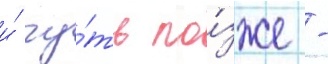
и́ чу́ть по́зже -